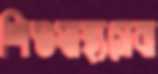
শিশুস্বাস্থ্যসেবা